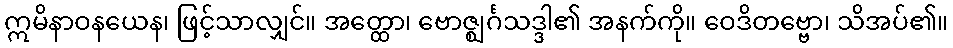
ဣမိနာဝနယေန၊ ဖြင့်သာလျှင်။ အတ္ထော၊ ဗောဇ္ဈင်္ဂသဒ္ဒါ၏ အနက်ကို။ ဝေဒိတဗ္ဗော၊ သိအပ်၏။